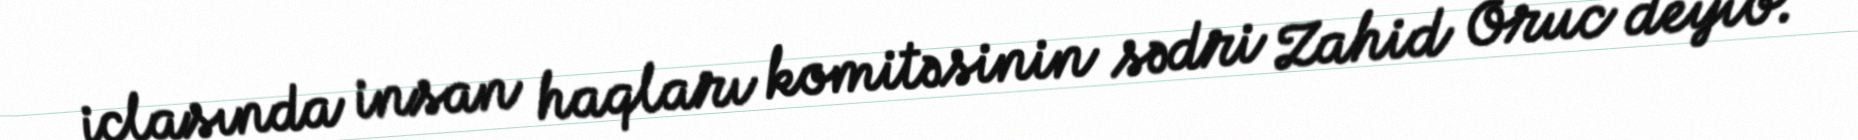
iclasında insan haqları komitəsinin sədri Zahid Oruc deyib.